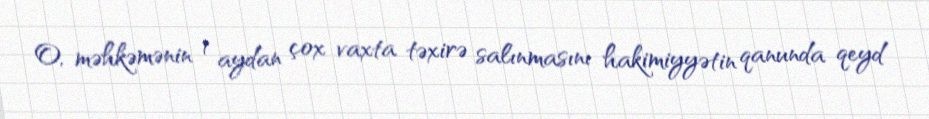
O, məhkəmənin 1 aydan çox vaxta təxirə salınmasını hakimiyyətin qanunda qeyd